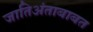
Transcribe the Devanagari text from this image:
जातिअंताबाबत